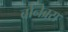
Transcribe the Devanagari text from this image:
बोनेब्रस